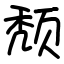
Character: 颓